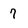
Character: 7